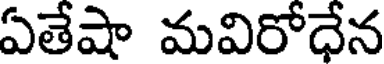
ఏతేషా మవిరోధేన